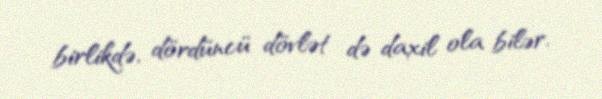
birlikdə, dördüncü dövlət də daxil ola bilər.